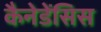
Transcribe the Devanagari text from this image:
कैनेडेंसिस